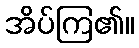
အိပ်ကြ၏။